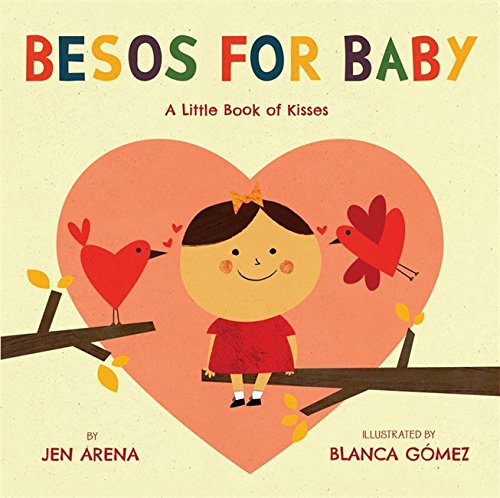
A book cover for Besos for Baby: A Little Book of Kisses; Jen Arena; Children's Books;